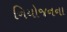
નિયોજનના